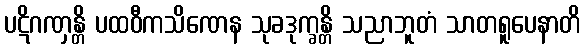
ပဋိဂဏှန္တိ ပထဝီကသိဏေန သုခဒုက္ခန္တိ သညာဘူတံ သာတရူပေနာတိ